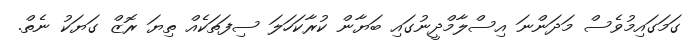
ގަމަގައިމުވެސް މަދަންނަ އިސްލާމްދީނުގައި ބަޔާން ކުރާކަހަލަ ސިފަތަކެއް ތިޔަ ރޮޒް ގަޔަކު ނެތް.